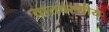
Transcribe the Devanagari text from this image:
वातवरणीय